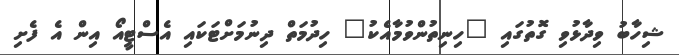
ޝިހާބު ވިދާޅުވި ގޮތުގައި "ހިނިތުންވުމާއެކު" ހިދުމަތް ދިނުމަށްޓަކައި އެސްޓީއޯ އިން އެ ފެށި